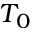
T _ { 0 }